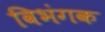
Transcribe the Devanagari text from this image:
विभंगक